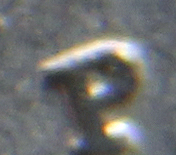
P